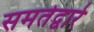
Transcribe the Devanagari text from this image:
समतेद्वारे